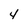
Character: 4